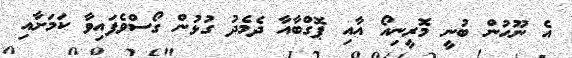
އެ ނޫހުން ބުނީ މޮރީނިއޯ އާއި ޕޮގްބާއާ ދެމެދު ގުޅުން ގޯސްވެފައިވާ ކަމަށާއި